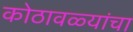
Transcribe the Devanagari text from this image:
कोठावळ्यांचा